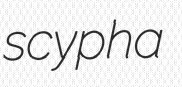
scypha